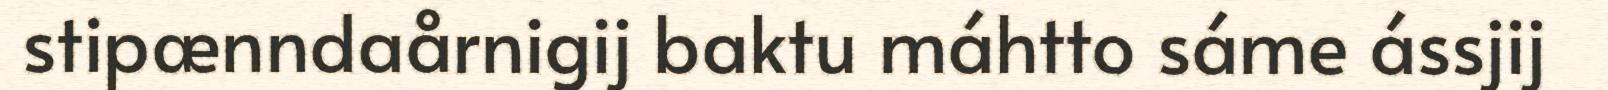
stipænndaårnigij baktu máhtto sáme ássjij